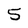
Character: 5